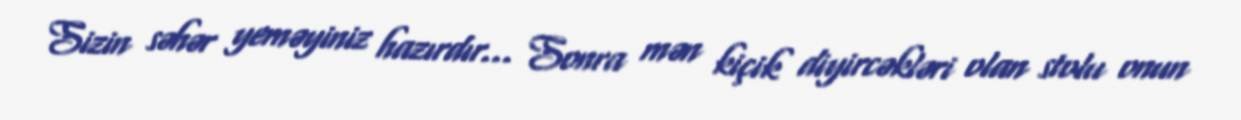
Sizin səhər yeməyiniz hazırdır... Sonra mən kiçik diyircəkləri olan stolu onun